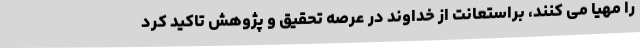
را مهیا می کنند، براستعانت از خداوند در عرصه تحقیق و پژوهش تاکید کرد